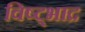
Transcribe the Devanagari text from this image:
विष्ट्भाद्र